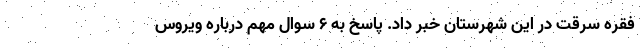
فقره سرقت در این شهرستان خبر داد. پاسخ به ۶ سوال مهم درباره ویروس